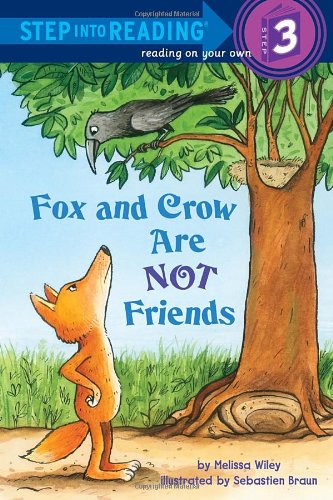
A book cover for Fox and Crow Are Not Friends (Step into Reading); Melissa Wiley; Children's Books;